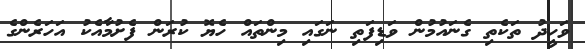
ވަހީދު ތަކެތި ގެނައުމުން ވަޑިފަތި ނަގައި މިންތައް ހެޔޮ ކުރަން ފެށުމާއެކު އަހަރެންގެ